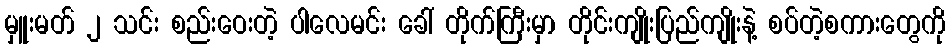
မှူးမတ် ၂ သင်း စည်းဝေးတဲ့ ပါလေမင်း ခေါ် တိုက်ကြီးမှာ တိုင်းကျိုးပြည်ကျိုးနဲ့ စပ်တဲ့စကားတွေကို